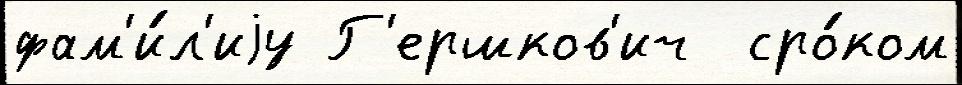
фам'и́л'иjу Г'ершков'ич  сро́ком